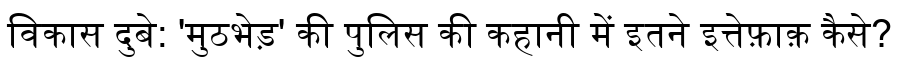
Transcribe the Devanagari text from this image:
विकास दुबे: 'मुठभेड़' की पुलिस की कहानी में इतने इत्तेफ़ाक़ कैसे?